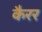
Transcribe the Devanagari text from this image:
कैरर